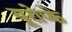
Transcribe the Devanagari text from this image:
यूरोप्के